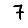
Digit: 7